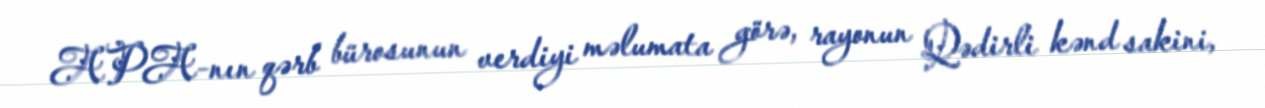
APA-nın qərb bürosunun verdiyi məlumata görə, rayonun Qədirli kənd sakini,